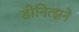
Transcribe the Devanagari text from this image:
डोनित्झने